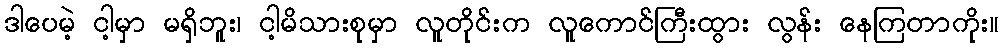
ဒါပေမဲ့ ငါ့မှာ မရှိဘူး၊ ငါ့မိသားစုမှာ လူတိုင်းက လူကောင်ကြီးထွား လွန်း နေကြတာကိုး။